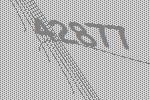
42877